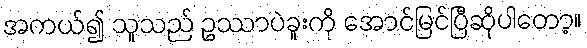
အကယ်၍ သူသည် ဥဿာပဲခူးကို အောင်မြင်ပြီဆိုပါတော့။